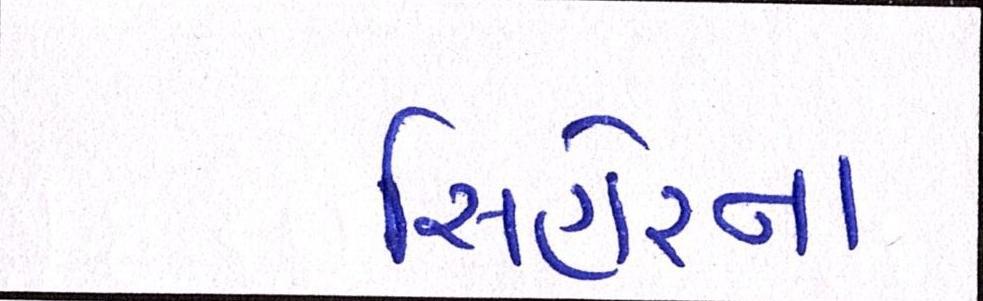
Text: સિહોરના